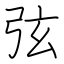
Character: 弦